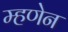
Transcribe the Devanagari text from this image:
म्हणेन